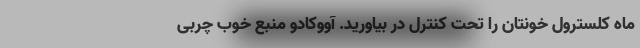
ماه کلسترول خونتان را تحت کنترل در بیاورید. آووکادو منبع خوب چربی